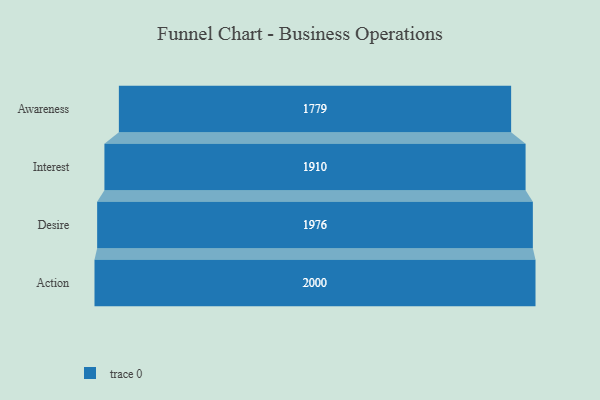
{"axis": {"x": "Stage", "y": "Value"}, "legend": [""], "data": [{"x": "Awareness", "y": 1779.0, "type": ""}, {"x": "Interest", "y": 1910.0, "type": ""}, {"x": "Desire", "y": 1976.0, "type": ""}, {"x": "Action", "y": 2000, "type": ""}]}